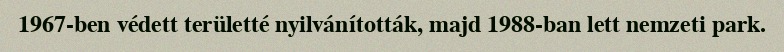
1967-ben védett területté nyilvánították, majd 1988-ban lett nemzeti park.